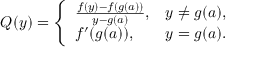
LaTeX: Q ( y ) = { \left\{ \begin{array} { l l } { { \frac { f ( y ) - f ( g ( a ) ) } { y - g ( a ) } } , } & { y \neq g ( a ) , } \\ { f ^ { \prime } ( g ( a ) ) , } & { y = g ( a ) . } \end{array} \right. }